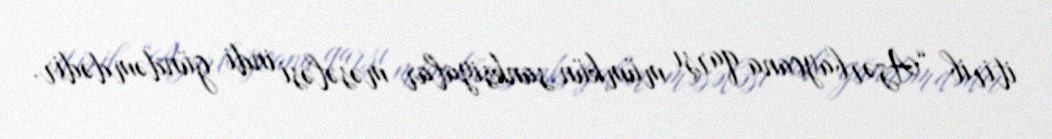
itirib “Azərbaycana qarşı mümkün sanksiyalar məsələsi indi gündəmdədir.